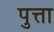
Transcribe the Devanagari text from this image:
पुत्ता